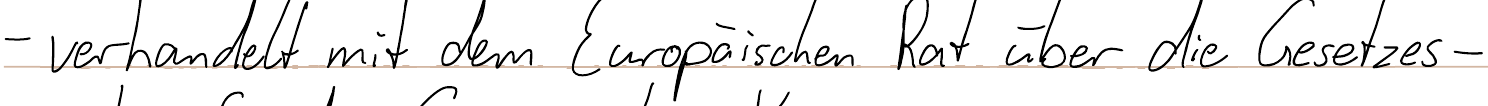
- verhandelt mit dem Europäischen Rat über die Gesetzes-